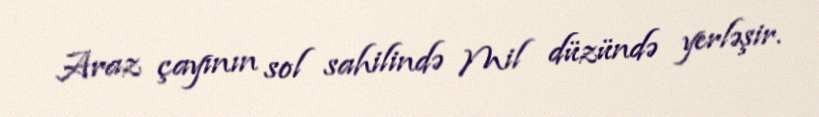
Araz çayının sol sahilində Mil düzündə yerləşir.